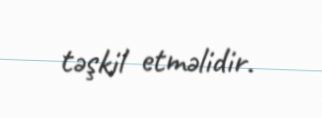
təşkil etməlidir.